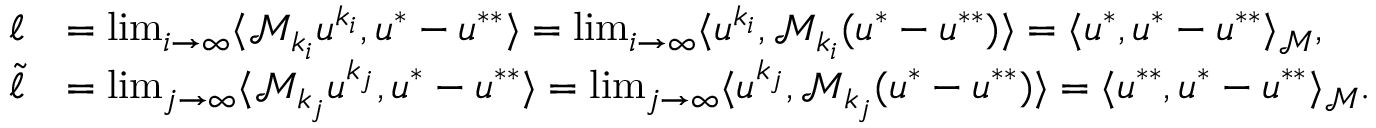
\begin{array} { r l } { \ell } & { = \operatorname* { l i m } _ { i \to \infty } \langle \mathcal M _ { k _ { i } } u ^ { k _ { i } } , u ^ { * } - u ^ { * * } \rangle = \operatorname* { l i m } _ { i \to \infty } \langle u ^ { k _ { i } } , \mathcal M _ { k _ { i } } ( u ^ { * } - u ^ { * * } ) \rangle = \langle u ^ { * } , u ^ { * } - u ^ { * * } \rangle _ { \mathcal M } , } \\ { \tilde { \ell } } & { = \operatorname* { l i m } _ { j \to \infty } \langle \mathcal M _ { k _ { j } } u ^ { k _ { j } } , u ^ { * } - u ^ { * * } \rangle = \operatorname* { l i m } _ { j \to \infty } \langle u ^ { k _ { j } } , \mathcal M _ { k _ { j } } ( u ^ { * } - u ^ { * * } ) \rangle = \langle u ^ { * * } , u ^ { * } - u ^ { * * } \rangle _ { \mathcal M } . } \end{array}